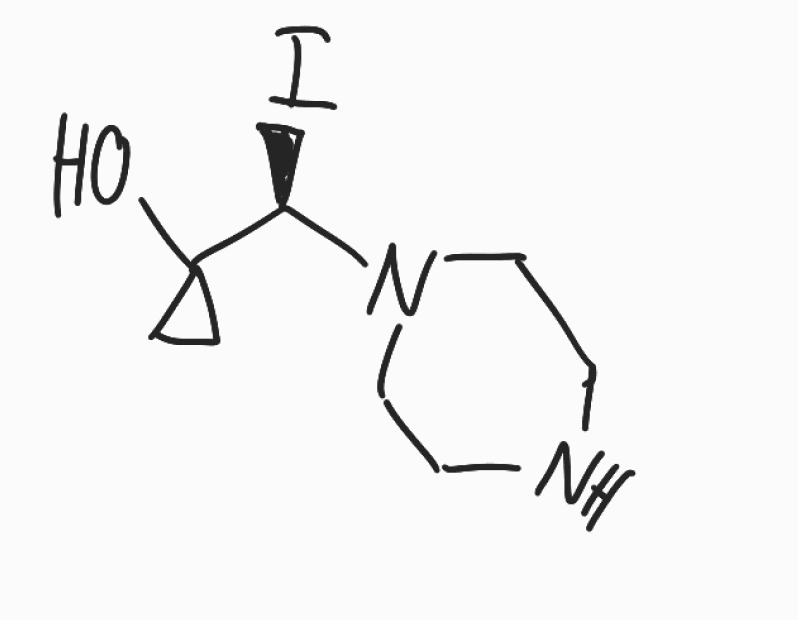
Simplified molecular-input line-entry system (SMILES) notation of the given molecule:
C1CC1([C@H](N2CCNCC2)I)O